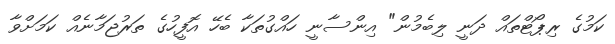
ކަމުގެ ރިޕޯޓްތައް ދަނީ ލިބެމުން" އިންސާނީ ހައްގުތަކާ ބެހޭ އޮފީހުގެ ތަރުޖަމާނެއް ކަމަށްވާ